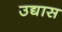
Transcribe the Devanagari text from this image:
उद्यास